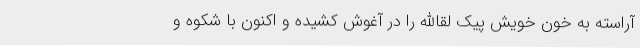
آراسته به خون خویش پیک لقاالله را در آغوش کشیده و اکنون با شکوه و